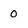
Character: 0